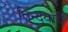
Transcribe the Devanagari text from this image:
तिन्‍दवारी